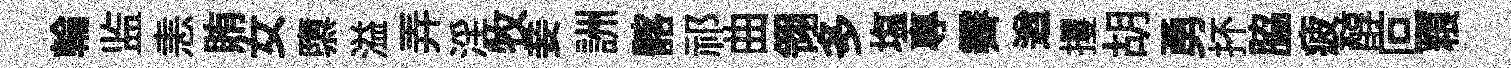
輪监恚賄女隳溢弄淫牧妾詶髂祁曲翎多塩專霽遒攫胡勇抔脇疲醇叵粮